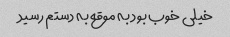
خیلی خوب بود به موقع به دستم رسید